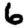
Digit: 6